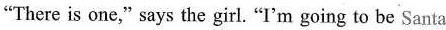
"There is one," says the girl. "I'm going to be Santa